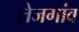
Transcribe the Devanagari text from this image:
तेजगांव